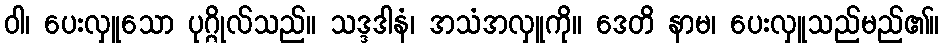
ဝါ၊ ပေးလှူသော ပုဂ္ဂိုလ်သည်။ သဒ္ဒဒါနံ၊ အသံအလှူကို။ ဒေတိ နာမ၊ ပေးလှူသည်မည်၏။